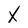
Character: X